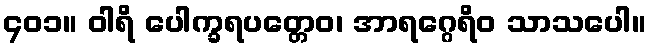
၄၀၁။ ဝါရိ ပေါက္ခရပတ္တေဝ၊ အာရဂ္ဂေရိဝ သာသပေါ။